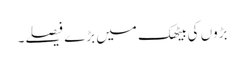
بڑوں کی بیٹھک میں بڑے فیصلے۔